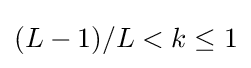
(L-1)/L<k\leq 1